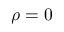
\rho = 0